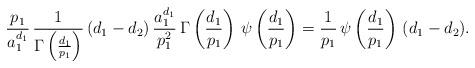
LaTeX: \begin{align*}\frac{p_1}{a_1^{d_1}} \, \frac{1}{\Gamma \left(\frac{d_1}{p_1}\right)} \, (d_1 - d_2) \, \frac{a_1^{d_1}}{p_1^2} \, \Gamma \left(\frac{d_1}{p_1}\right) \, \psi\left( \frac{d_1}{p_1} \right) = \frac{1}{p_1} \, \psi\left( \frac{d_1}{p_1} \right) \, (d_1 - d_2).\end{align*}